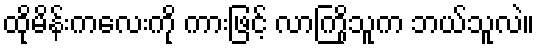
ထိုမိန်းကလေးကို ကားဖြင့် လာကြိုသူက ဘယ်သူလဲ။